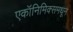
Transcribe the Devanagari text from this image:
एकॉनिमिक्समधून